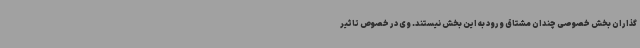
گذاران بخش خصوصی چندان مشتاق ورود به این بخش نیستند. وی در خصوص تاثیر